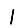
Digit: 1